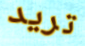
تريد